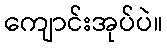
ကျောင်းအုပ်ပဲ။